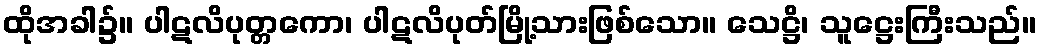
ထိုအခါ၌။ ပါဋလိပုတ္တကော၊ ပါဋလိပုတ်မြို့သားဖြစ်သော။ သေဋ္ဌိ၊ သူဋ္ဌေးကြီးသည်။